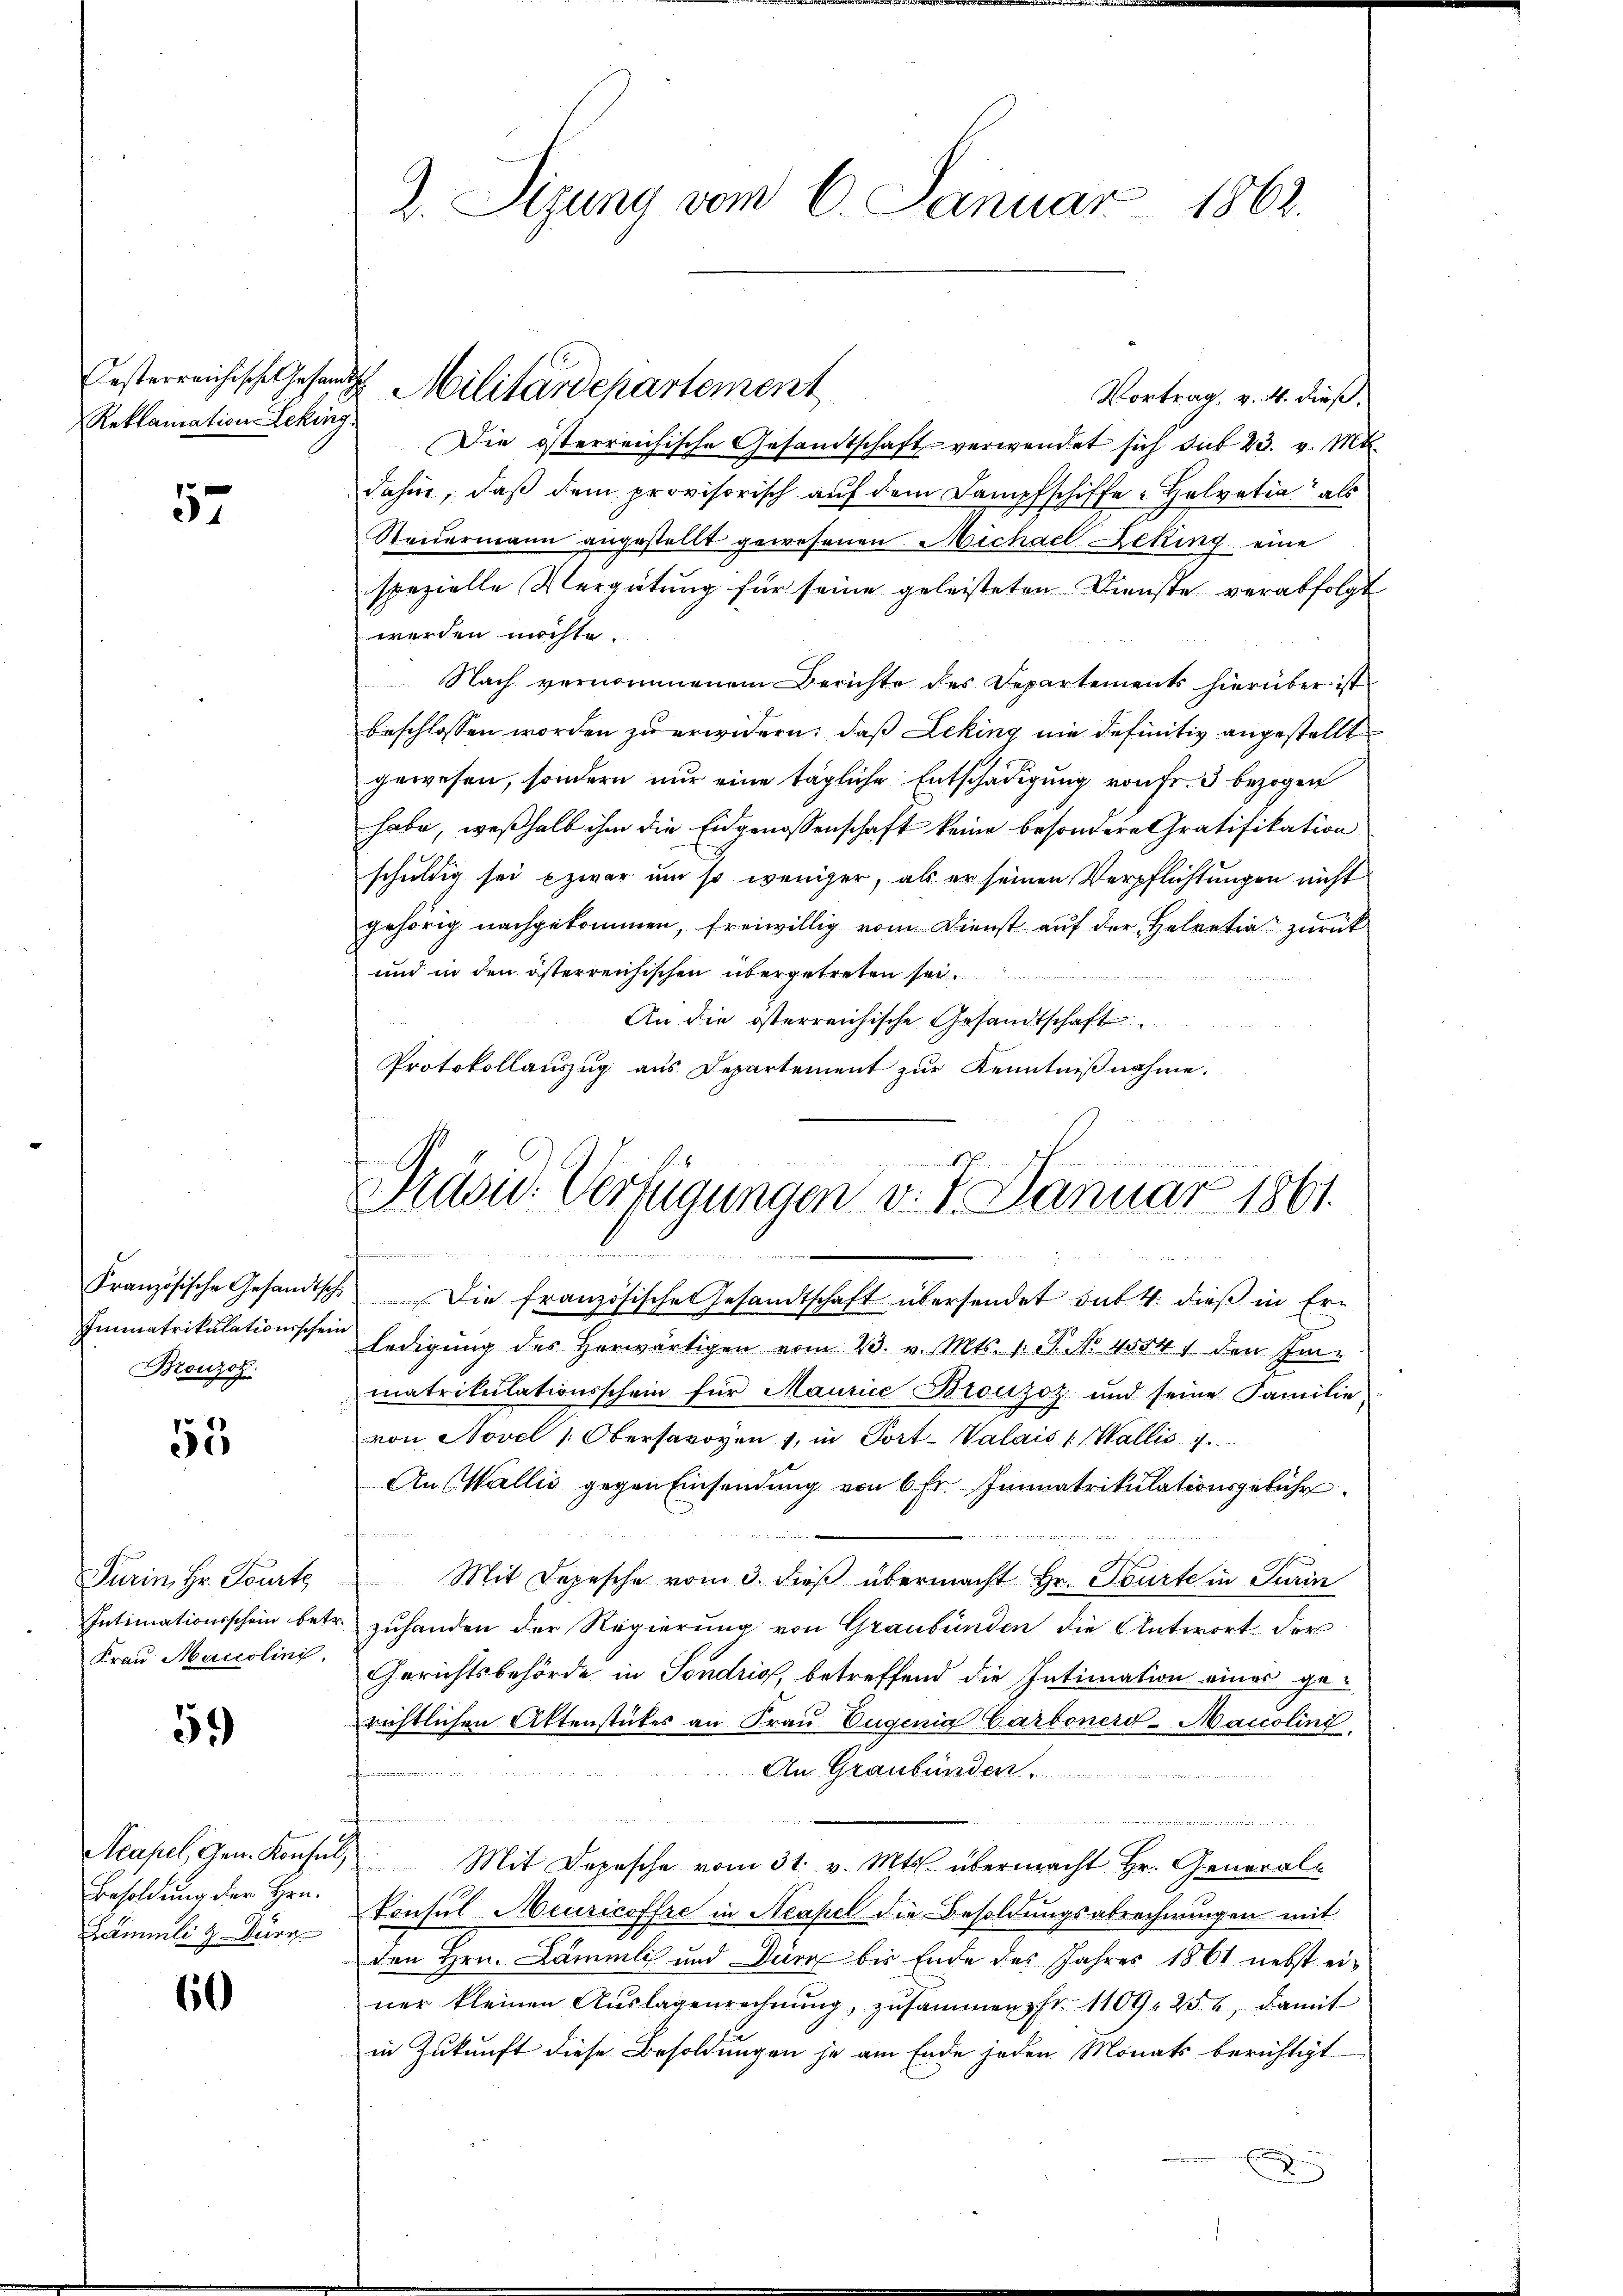
Reklamation Leking

57

Bronzoz.

55

Turin, Hr. Tourte

59

Besoldung der Hrn.
Lämmli & Durc

60

Vortrag, v. 4. dieß.
Die österreichische Gesandtschaft verwendet sich das 23. v. Mtt.
dahin, daβ dem provisorisch aŭf dem Dampfschiffe - Helvetia" als
Steuermann angestellt gewesenen Michael Deking eine
spezielle Vergütung für seine geleisteten Dienste verabfolgt
werden möchte.
Nach vernommenem Berichte des Departements hierüber ist
beschlossen worden zu erwidern: daß Leking nie definitiv angestellt
gewesen, sondern nur eine tägliche Entschädigung von Fr. 3 bezogen
habe, weßhalb ihm die Eidgenossenschaft keine besondere Gratifikation
schuldig sei zwar um so weniger, als er seinen Verpflichtungen nicht
gehörig nachgekommen, freiwillig vom Dienst auf der Helvetia zurück
und in den österreichischen übergetreten sei.
An die österreichische Gesandtschaft
u
Protokollauszug aus Departement zur Kenntnißnahme.

2. Sizung vom 6. Januar 1862.

Gesterreichische Gesandt Militärdepartement

Präsid. Verfügungen v. 7. Januar 1861.

Französische Gesandtsch. Die französische Gesandtschaft übersendet sub. 4. dieß in Er-
Immatrikulationschein ledigŭng des herwärtigen vom 23. v. Mts. 1. P. Nr. 45541 den Ein-
matrikulationsschein für Maurice Bronzoz und seine Familie
von Novel Obersavoyen , in Port-Walais ( Wallis 1
An Wallis gegen Einsendung von 6 Fr. Immatrikulationsgebühr.

Mit Depesche vom 3. dieß übermacht Hr. Tourte in Turin
Intimationsschein betr. zuhanden der Regierung von Graubünden die Antwort der
Frau Marcolinz. Gerichtsbehörde in Sondriss, betreffend die Intimation eines gerichtlichen Aktenstükes an Frau Eugenia Carbonerd-Maicolini
An Graubünden.
w
Acapel Gen. Konsul Mit Depesche vom 31. v. Mts. übermacht Hr. General-
Tonsul Meuricoffre in Neapel die Besoldungsabrechnungen mit
den Hrn. Lämmli und Dir bis Ende des Jahres 1861 nebst einer kleinen Aŭslagenrechnŭng, zusammen fr. 1109. 252, damit
in Zukunft diese Besoldungen je am Ende jeden Monats berichtigt
x